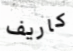
كاريف